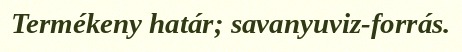
Termékeny határ; savanyuviz-forrás.